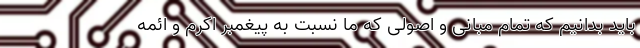
باید بدانیم که تمام مبانی و اصولی که ما نسبت به پیغمبر اکرم و ائمه